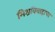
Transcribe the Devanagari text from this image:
मिश्रविवाहाचा